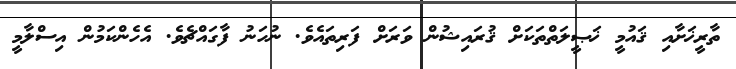
ތާރީޚަށާއި ޤައުމީ ޚަޞީލަތްތަކަށް ޤުރައިޝުން ވަރަށް ފަރިތައެވެ. ނުހަނު ފާގައްޗެވެ. އެހެންކަމުން އިސްލާމީ